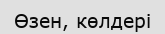
Өзен, көлдері